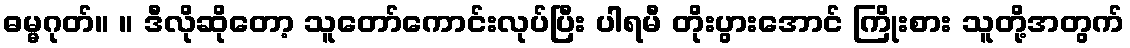
ဓမ္မဂုတ်။ ။ ဒီလိုဆိုတော့ သူတော်ကောင်းလုပ်ပြီး ပါရမီ တိုးပွားအောင် ကြိုးစား သူတို့အတွက်